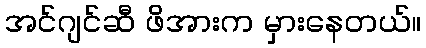
အင်ဂျင်ဆီ ဖိအားက မှားနေတယ်။